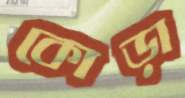
কোড়া